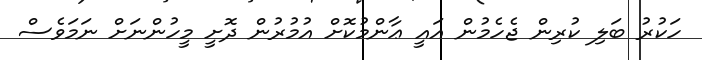
ހަކުރު ބަލި ކުރިން ޖެހެމުން އައީ ޢާންމުކޮށް އުމުރުން ދޮށީ މީހުންނަށް ނަމަވެސް